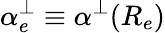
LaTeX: \alpha_{e}^{\perp}\equiv\alpha^{\perp}(R_{e})